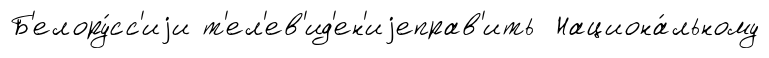
Б'елору́сс'иjи т'ел'ев'ид'ен'иjеправ'ить Национа́льному